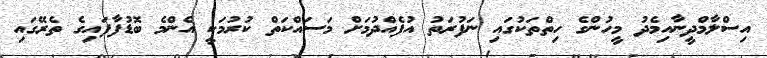
އިސްލާމްދީނާއިމެދު މީހުންގެ ހިތްތަކުގައި ނަފުރަތު އުފެއްދުމަށް މަސައްކަތް ކުރުމަކީ އެންމެ ބޮޑުފާފައިގެ ތެރޭގައި